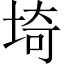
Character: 埼